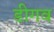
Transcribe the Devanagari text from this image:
डीगव